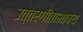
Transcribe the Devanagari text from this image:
उत्तरगीताभाष्य